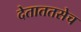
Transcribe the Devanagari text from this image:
देताततसेच